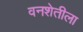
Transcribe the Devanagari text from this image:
वनशेतीला